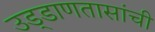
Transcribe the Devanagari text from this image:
उड्डाणतासांची